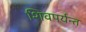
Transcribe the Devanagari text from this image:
शिवपर्यन्त